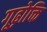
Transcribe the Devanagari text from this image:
गूढ़ोक्ति